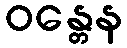
ဝန္တေန